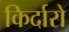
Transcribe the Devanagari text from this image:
किर्दारो